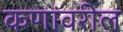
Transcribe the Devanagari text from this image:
कणांवरील